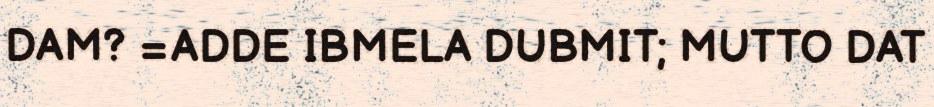
DAM? =ADDE IBMELA DUBMIT; MUTTO DAT